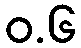
ဝ.၆